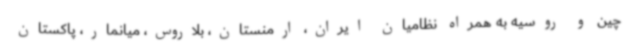
چین و روسیه به همراه نظامیان ایران، ارمنستان، بلاروس، میانمار، پاکستان